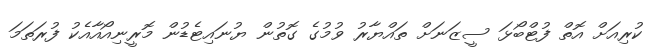
ކުރިއަށް އޮތް ފުޓްބޯޅަ ސީޒަނަށް ތައްޔާރު ވުމުގެ ގޮތުން ޔުނައިޓެޑުން މޮރީނިއޯއާއެކު ފުރަތަމަ